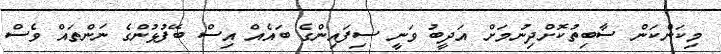
މިކަންކަން ސާބިތުކޮށްދިނުމަށް އަދީބު ވަނީ ސިފައިންގެ ބައެއް އިސް ބޭފުޅުންގެ ނަންތައް ވެސް